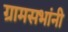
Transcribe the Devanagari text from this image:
ग्रामसभांनी